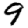
Digit: 9